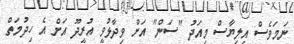
ނަމަވެސް އިލިޔާސް މިއަދު "ސަން" އަށް ވިދާޅުވީ އުރީދޫ އަށް އެ ހިދުމަތް